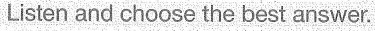
Listen and choose the best answer.